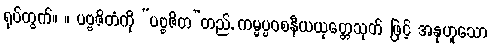
ရုပ်တွက်။ ။ ပဗ္ဗဇိတံကို “ပဗ္ဗဇိတ”တည်, ကမ္မပ္ပဝစနီယယုတ္တေသုတ် ဖြင့် အနုဟူသော